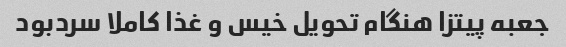
جعبه پیتزا هنگام تحویل خیس و غذا کاملا سردبود